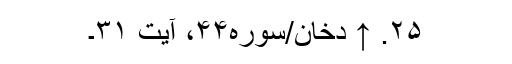
۲۵. ↑ دخان/سوره۴۴، آیت ۳۱۔